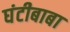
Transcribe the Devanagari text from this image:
घंटीबाबा